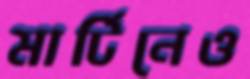
মার্টিনেও